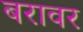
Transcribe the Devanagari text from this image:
बरावर